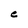
Character: e